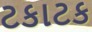
ટકાટક